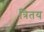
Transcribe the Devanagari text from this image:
त्रितय